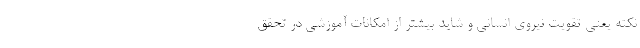
نکته یعنی تقویت نیروی انسانی و شاید بیشتر از امکانات آموزشی در تحقق